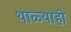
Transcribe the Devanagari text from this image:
थाळ्याही